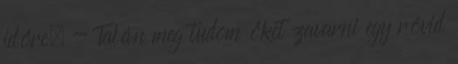
időre. - Talán meg tudom őket zavarni egy rövid